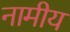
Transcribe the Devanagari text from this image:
नामीय